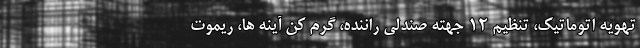
تهویه اتوماتیک، تنظیم 12 جهته صندلی راننده، گرم کن آینه ها، ریموت